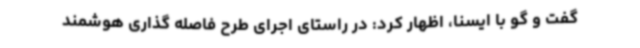
گفت و گو با ایسنا، اظهار کرد: در راستای اجرای طرح فاصله گذاری هوشمند